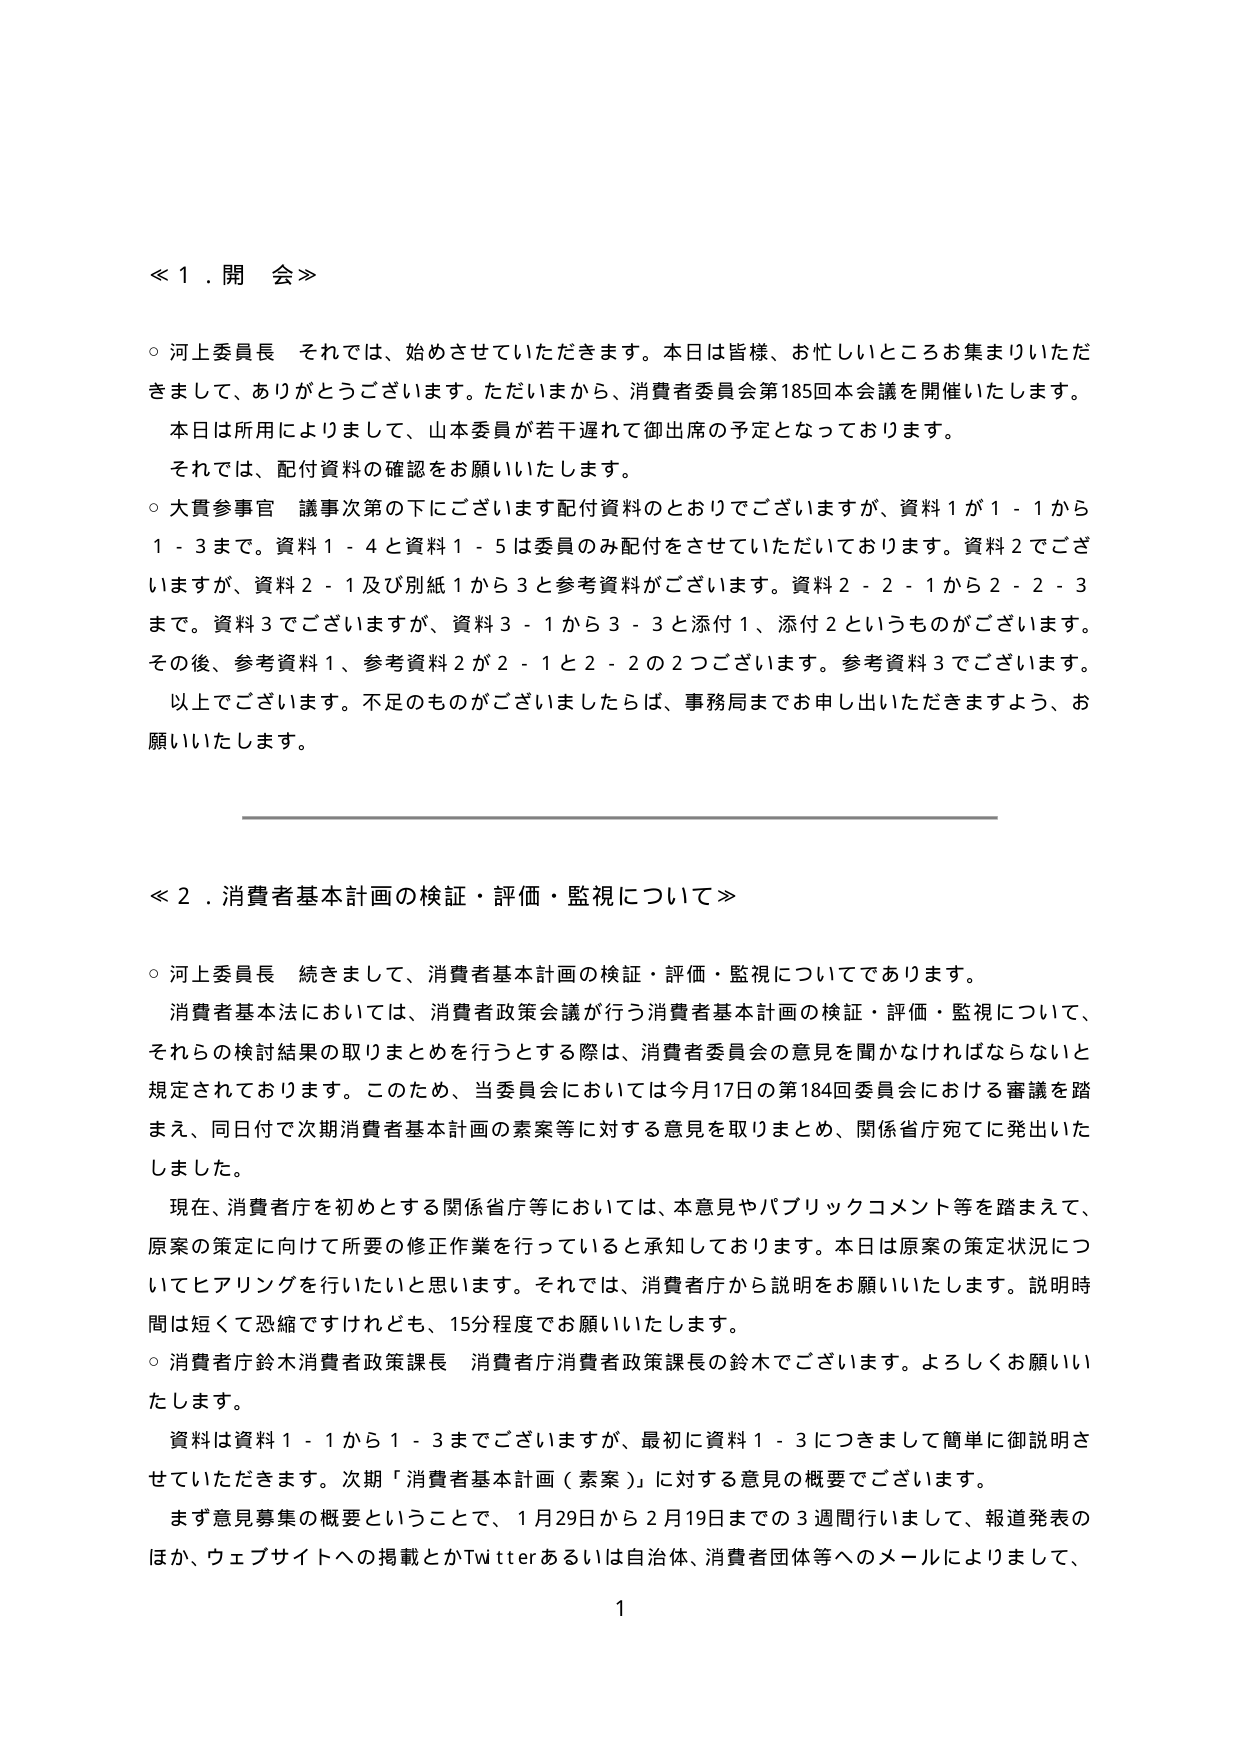
≪１．開会≫

○ 河上委員長　それでは、始めさせていただきます。本日は皆様、お忙しいところお集まりいただきまして、ありがとうございます。ただいまから、消費者委員会第185回本会議を開催いたします。本日は所用によりまして、山本委員が若干遅れて御出席の予定となっております。それでは、配付資料の確認をお願いいたします。

○ 大貫参事官　議事次第の下にございます配付資料のとおりでございますが、資料１が１－１から１－３まで。資料１－４と資料１－５は委員のみ配付をさせていただいております。資料２でございますが、資料２－１及び別紙１から３と参考資料がございます。資料２－２－１から２－２－３まで。資料３でございますが、資料３－１から３－３と添付１、添付２というものがございます。その後、参考資料１、参考資料２が２－１と２－２の２つございます。参考資料３でございます。以上でございます。不足のものがございましたら、事務局までお申し出いただきますよう、お願いいたします。

≪２．消費者基本計画の検証・評価・監視について≫

○ 河上委員長　続きまして、消費者基本計画の検証・評価・監視についてであります。

消費者基本法においては、消費者政策会議が行う消費者基本計画の検証・評価・監視について、それらの検討結果の取りまとめを行うとする際は、消費者委員会の意見を聞かなければならないと規定されております。このため、当委員会においては今月17日の第184回委員会における審議を踏まえ、同日付で次期消費者基本計画の素案等に対する意見を取りまとめ、関係省庁宛てに発出いたしました。

現在、消費者庁を初めとする関係省庁等においては、本意見やパブリックコメント等を踏まえて、原案の策定に向けて所要の修正作業を行っていると承知しております。本日は原案の策定状況についてヒアリングを行いたいと思います。それでは、消費者庁から説明をお願いいたします。説明時間は短くて恐縮ですけれども、15分程度でお願いいたします。

○ 消費者庁鈴木消費者政策課長　消費者庁消費者政策課長の鈴木でございます。よろしくお願いいたします。

資料は資料１－１から１－３までございますが、最初に資料１－３につきまして簡単に御説明させていただきます。次期「消費者基本計画（素案）」に対する意見の概要でございます。

まず意見募集の概要ということで、1月29日から2月19日までの3週間行いまして、報道発表のほか、ウェブサイトへの掲載とかTwitterあるいは自治体、消費者団体等へのメールによりまして、